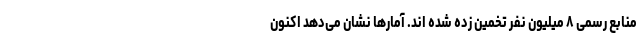
منابع رسمی ۸ میلیون نفر تخمین زده شده اند. آمارها نشان می‌دهد اکنون